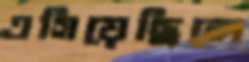
এগিয়েছিলে